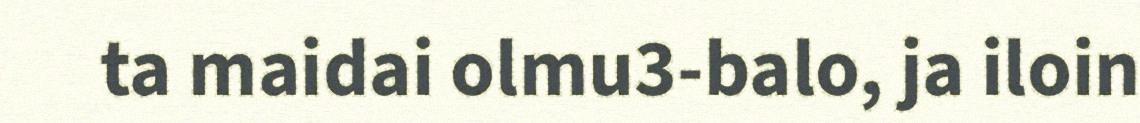
ta maidai olmu3-balo, ja iloin